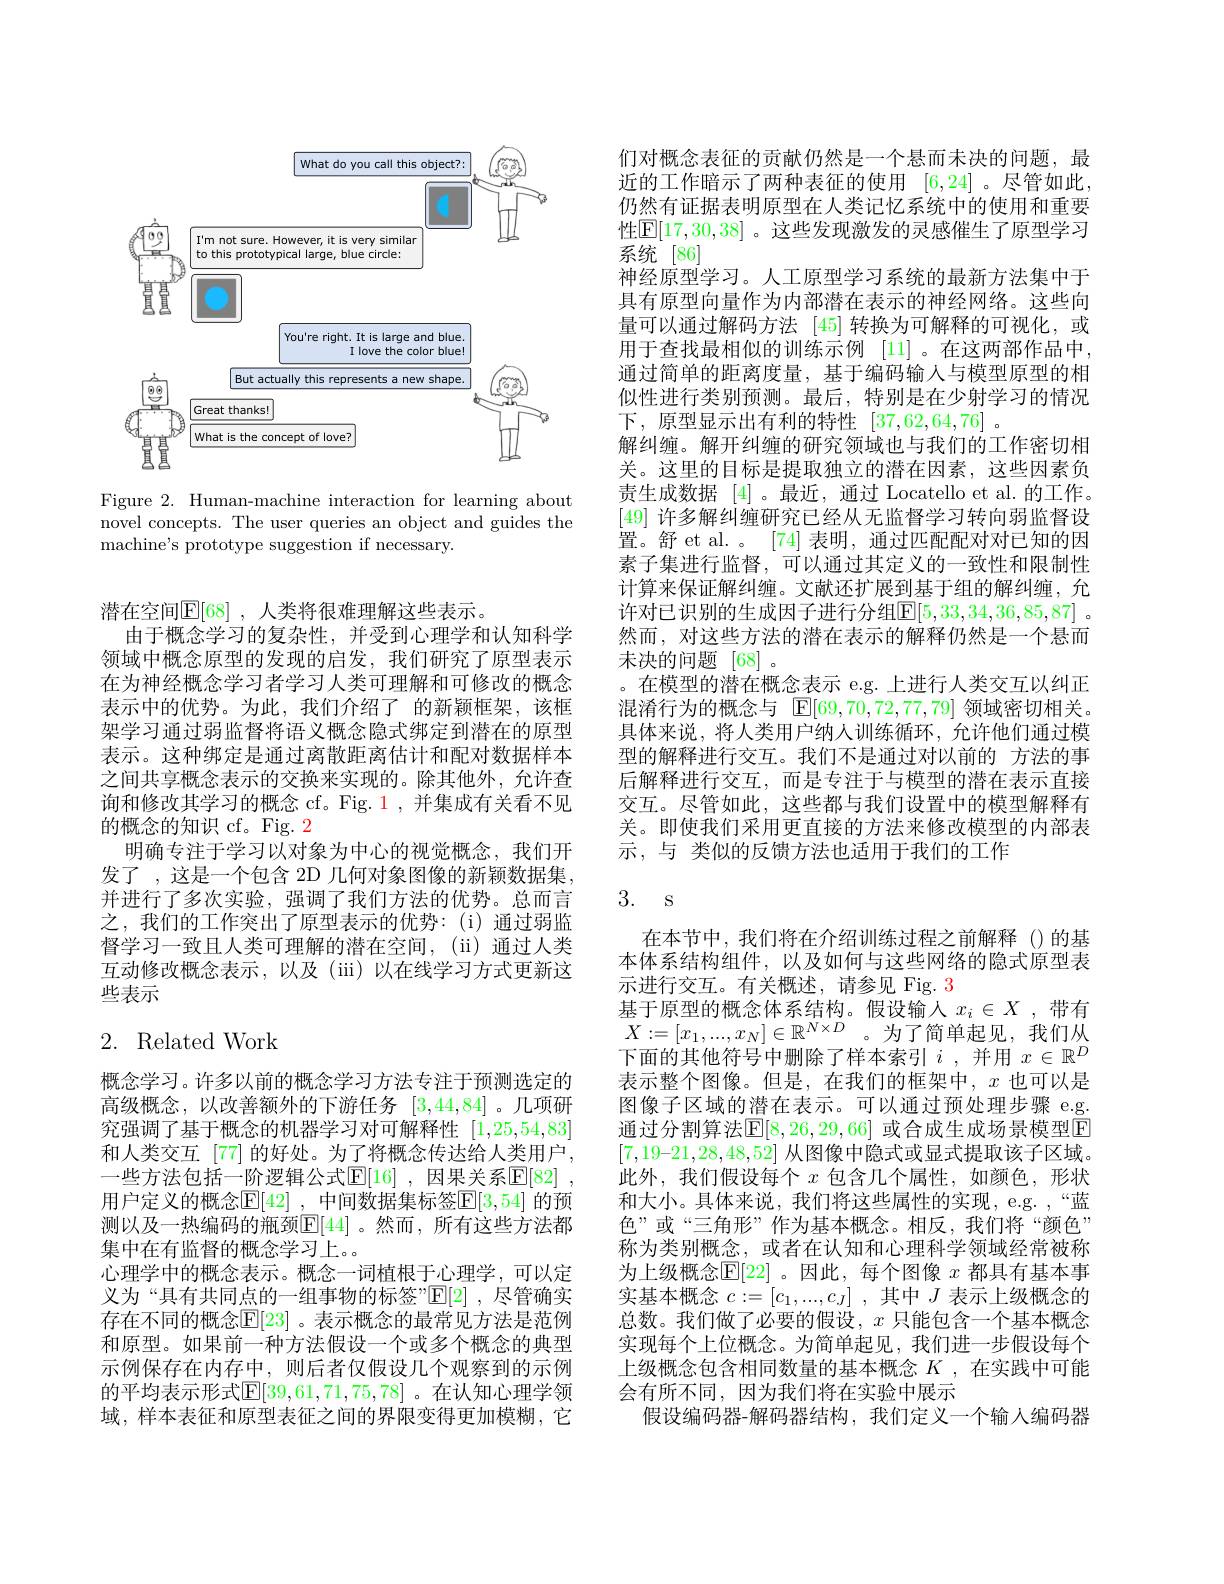
<FigureHere>

Figure 2. Human-machine interaction for learning about novel concepts. The user queries an object and guides the machine's prototype suggestion if necessary.

潜在空间$\overline {\mathbb{E} }[ 68]$ , 人类将很难理解这些表示。
由于概念学习的复杂性，并受到心理学和认知科学领域中概念原型的发现的启发，我们研究了原型表示在为神经概念学习者学习人类可理解和可修改的概念表示中的优势。为此，我们介绍了 的新颖框架，该框架学习通过弱监督将语义概念隐式绑定到潜在的原型表示。这种绑定是通过离散距离估计和配对数据样本之间共享概念表示的交换来实现的。除其他外，允许查询和修改其学习的概念 cf。Fig. 1,并集成有关看不见的概念的知识 cf。Fig. 2
明确专注于学习以对象为中心的视觉概念，我们开发了 , 这是一个包含 2D 几何对象图像的新颖数据集， 并进行了多次实验，强调了我们方法的优势。总而言之，我们的工作突出了原型表示的优势：(i)通过弱监督学习一致且人类可理解的潜在空间，(ii)通过人类互动修改概念表示，以及(iii)以在线学习方式更新这些表示

# 2. Related Work

概念学习。许多以前的概念学习方法专注于预测选定的高级概念，以改善额外的下游任务[3,44,84] 。几项研究强调了基于概念的机器学习对可解释性[1,25,54,83] 和人类交互 [77] 的好处。为了将概念传达给人类用户， 一些方法包括一阶逻辑公式$\mathbb{E}[16]$, 因果关系$\mathbb{E}[82]$ 用户定义的概念$\mathbb{E}[42]$ ,中间数据集标签$\mathbb{E}[3,54]$ 的预测以及一热编码的瓶颈$\mathbb{E}[44]$。然而，所有这些方法都集中在有监督的概念学习上。。
心理学中的概念表示。概念一词植根于心理学，可以定义为“具有共同点的一组事物的标签”E[2] ,尽管确实存在不同的概念$\mathbb{E}[23]$ 。表示概念的最常见方法是范例和原型。如果前一种方法假设一个或多个概念的典型示例保存在内存中，则后者仅假设几个观察到的示例的平均表示形式$\mathbb{E}[39,61,71,75,78]$ 。在认知心理学领域，样本表征和原型表征之间的界限变得更加模糊，它

们对概念表征的贡献仍然是一个悬而未决的问题，最近的工作暗示了两种表征的使用 [6,24]。尽管如此， 仍然有证据表明原型在人类记忆系统中的使用和重要性$\mathbb{E}[17,30,38]$ 。这些发现激发的灵感催生了原型学习系统 [86]
神经原型学习。人工原型学习系统的最新方法集中于具有原型向量作为内部潜在表示的神经网络。这些向量可以通过解码方法[45]转换为可解释的可视化，或用于查找最相似的训练示例 [11]。在这两部作品中， 通过简单的距离度量，基于编码输人与模型原型的相似性进行类别预测。最后，特别是在少射学习的情况下，原型显示出有利的特性[37,62,64,76] 。
解纠缠。解开纠缠的研究领域也与我们的工作密切相关。这里的目标是提取独立的潜在因素，这些因素负责生成数据[4]。最近，通过 Locatello et al.的工作。[49]许多解纠缠研究已经从无监督学习转向弱监督设置。舒 et al. 。$\lceil74\rceil$表明，通过匹配配对对已知的因素子集进行监督，可以通过其定义的一致性和限制性计算来保证解纠缠。文献还扩展到基于组的解纠缠，允许对已识别的生成因子进行分组$\mathbb{E}[5,33,34,36,85,87]$ 。然而，对这些方法的潜在表示的解释仍然是一个悬而未决的问题[68]。
。在模型的潜在概念表示 e.g.上进行人类交互以纠正混淆行为的概念与$\operatorname{E}[69,70,72,77,79]$领域密切相关。具体来说，将人类用户纳人训练循环，允许他们通过模型的解释进行交互。我们不是通过对以前的 方法的事后解释进行交互，而是专注于与模型的潜在表示直接交互。尽管如此，这些都与我们设置中的模型解释有关。即使我们采用更直接的方法来修改模型的内部表示，与 类似的反馈方法也适用于我们的工作

# 3. s

在本节中，我们将在介绍训练过程之前解释()的基本体系结构组件，以及如何与这些网络的隐式原型表示进行交互。有关概述，请参见 Fig. 3
$\begin{array}{ll}\text{基于原型的概念体系结构。假设输入 }x_i\in X&,\text{带有}\\X:=[x_1,...,x_N]\in\mathbb{R}^{N\times D}&\text{。为了简单起见，我们从}\end{array}$ 下面的其他符号中删除了样本索引$i$,并用$x\in\mathbb{R}^D$ 表示整个图像。但是，在我们的框架中，$x$也可以是图像子区域的潜在表示。可以通过预处理步骤 e.g. 通过分割算法$\mathbb{E}[8,26,29,66]$ 或合成生成场景模型E $[7,19–21,28,48,52]$从图像中隐式或显式提取该子区域。此外，我们假设每个$x$包含几个属性，如颜色，形状和大小。具体来说，我们将这些属性的实现，e.g. ,“蓝色”或“三角形”作为基本概念。相反，我们将“颜色” 称为类别概念，或者在认知和心理科学领域经常被称为上级概念$\operatorname{E}[22]$ 。因此，每个图像 $x$ 都具有基本事实基本概念$c:=[c_1,...,c_J]$ ,其中$J$表示上级概念的总数。我们做了必要的假设，$x$只能包含一个基本概念实现每个上位概念。为简单起见，我们进一步假设每个上级概念包含相同数量的基本概念$K$ ,在实践中可能会有所不同，因为我们将在实验中展示
假设编码器-解码器结构，我们定义一个输人编码器